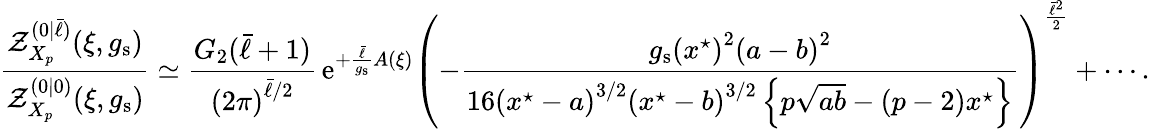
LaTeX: \frac{\mathcal{Z}_{X_{p}}^{(0|\bar{\ell})}(\xi,g_{\mathrm{s}})}{\mathcal{Z}_{X_{p}}^{(0|0)}(\xi,g_{\mathrm{s}})}\simeq\frac{G_{2}(\bar{\ell}+1)}{\left(2\pi\right)^{\bar{\ell}/2}}\, {\mathrm{e}}^{+\frac{\bar{\ell}}{g_{\mathrm{s}}}A(\xi)}\left(-\frac{g_{\mathrm{s}}\left(x^{\star}\right)^{2}\left(a-b\right)^{2}}{16\left(x^{\star}-a\right)^{3/2}\left(x^{\star}-b\right)^{3/2}\left\{ p\sqrt{ab}-\left(p-2\right)x^{\star}\right\} }\right)^{\frac{\bar{\ell}^{2}}{2}}+\cdots.